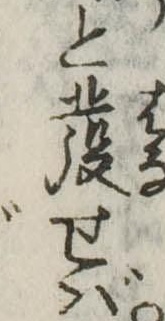
と発せば